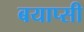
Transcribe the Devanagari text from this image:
बयाप्सी